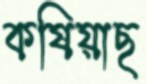
কষিয়াছ